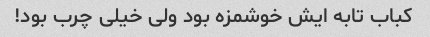
کباب تابه ایش خوشمزه بود ولی خیلی چرب بود!